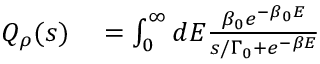
\begin{array} { r l } { Q _ { \rho } ( s ) } & { { } = \int _ { 0 } ^ { \infty } d E \frac { \beta _ { 0 } e ^ { - \beta _ { 0 } E } } { s / \Gamma _ { 0 } + e ^ { - \beta E } } } \end{array}